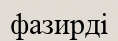
фазирді